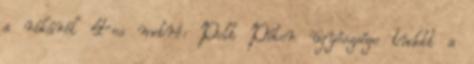
a rókáról 4-es metró: Polt Péter ügyészsége tudott a